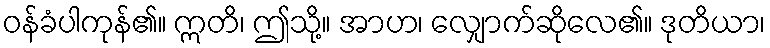
ဝန်ခံပါကုန်၏။ ဣတိ၊ ဤသို့။ အာဟ၊ လျှောက်ဆိုလေ၏။ ဒုတိယာ၊